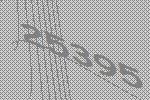
25395